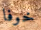
خوفا